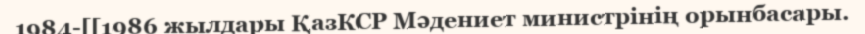
1984-[[1986 жылдары ҚазКСР Мәдениет министрінің орынбасары.